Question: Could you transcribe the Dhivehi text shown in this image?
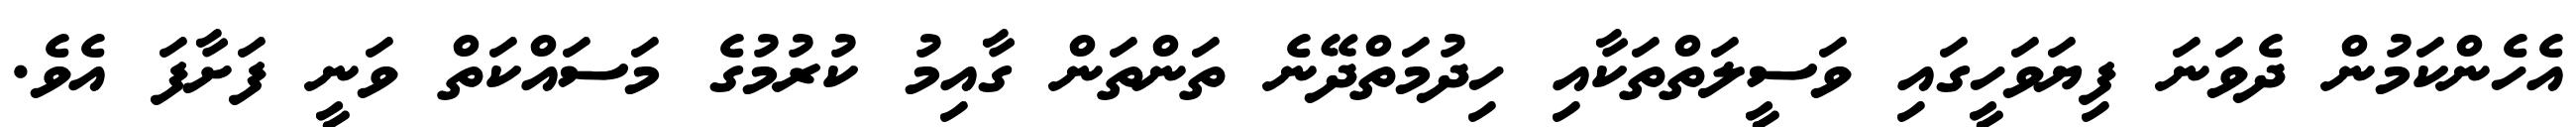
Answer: އެހެންކަމުން ދެވަނަ ފިޔަވަހީގައި ވަސީލަތްތަކާއި ހިދުމަތްދޭނެ ތަންތަން ގާއިމު ކުރުމުގެ މަސައްކަތް ވަނީ ފަށާފަ އެވެ.